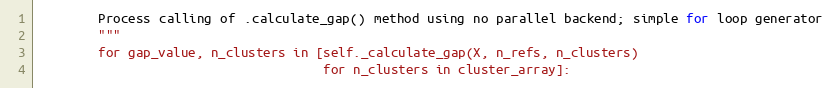
Language: Python
        Process calling of .calculate_gap() method using no parallel backend; simple for loop generator
        """
        for gap_value, n_clusters in [self._calculate_gap(X, n_refs, n_clusters)
                                      for n_clusters in cluster_array]: